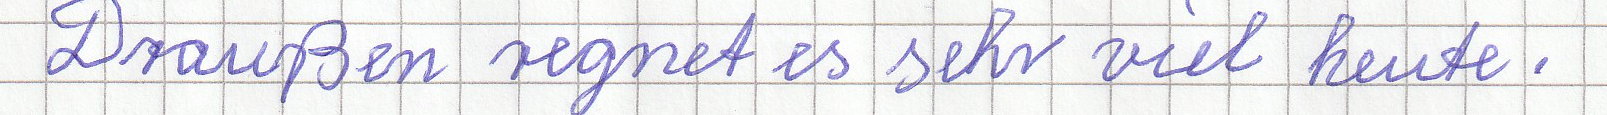
Draußen regnet es sehr viel heute.